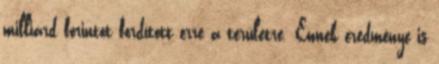
milliárd forintot fordított erre a területre. Ennek eredménye is